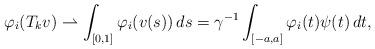
LaTeX: \begin{align*}\varphi_{i}(T_{k}v)\rightharpoonup\int_{[0,1]}\varphi_{i}(v(s))\, ds=\gamma^{-1}\int_{[-a,a]}\varphi_{i}(t)\psi(t)\, dt,\end{align*}